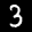
Label: 3